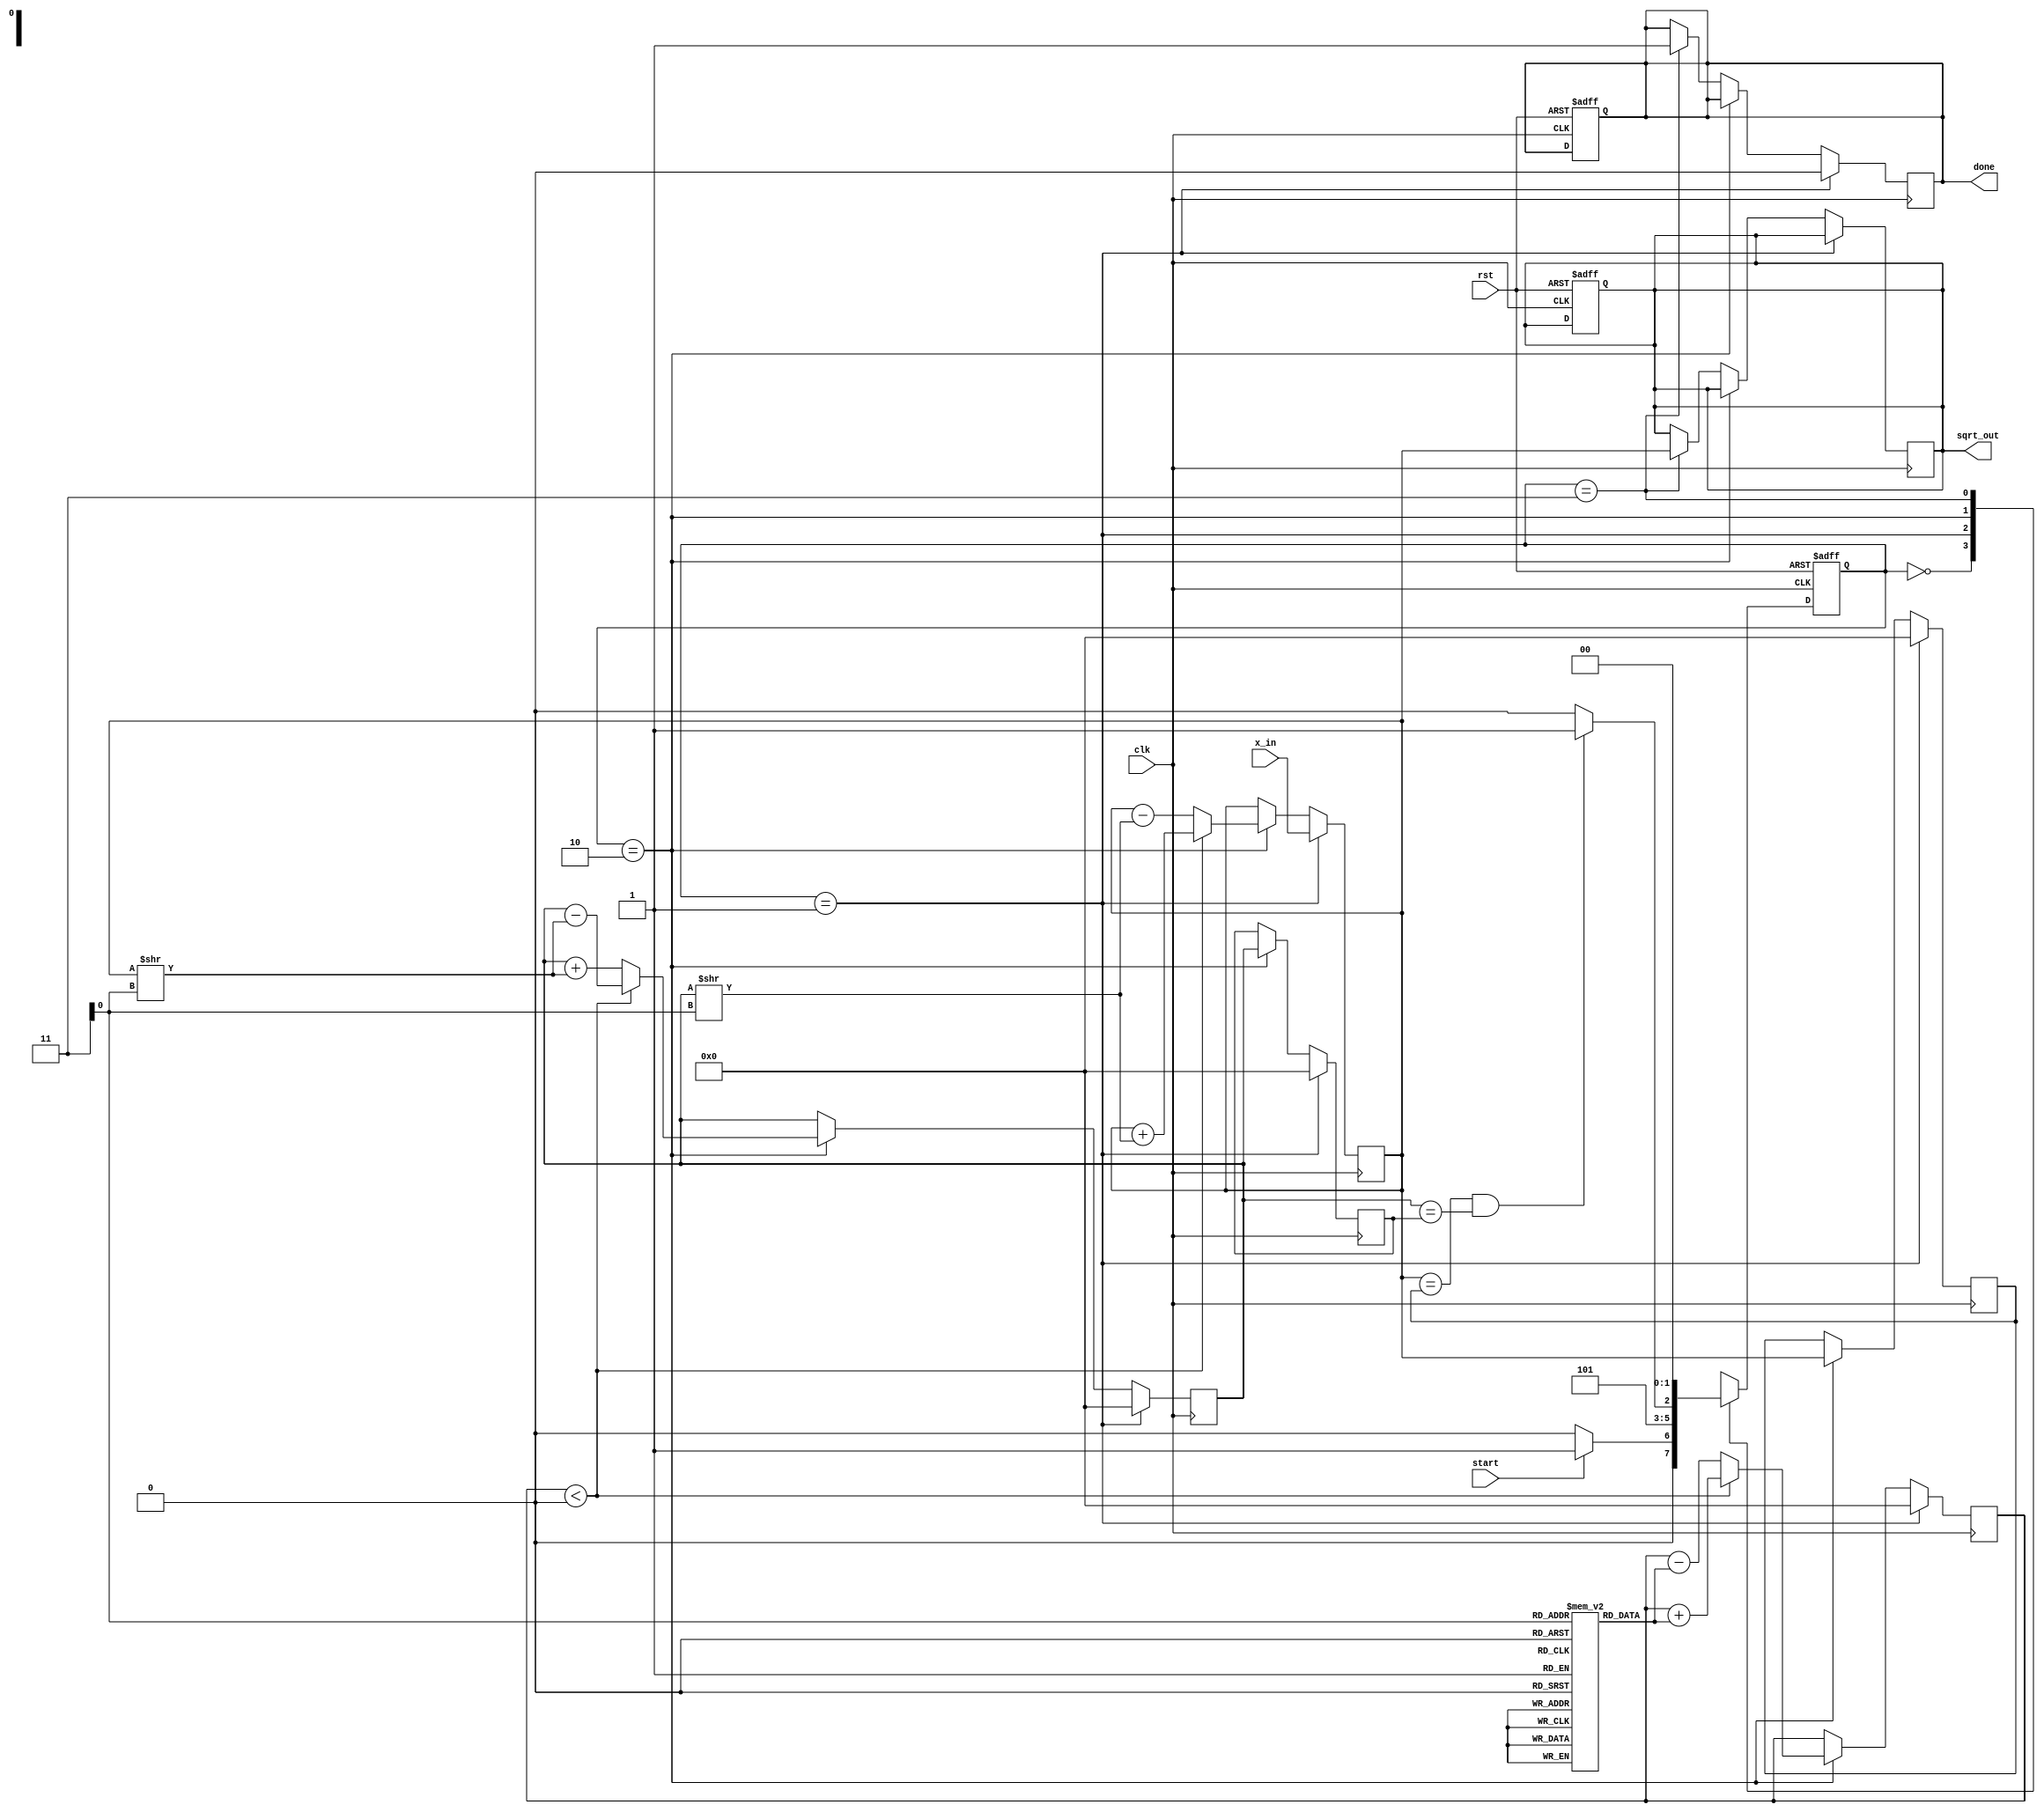
module cordic_sqrt #(
    parameter WIDTH = 16,          // Width of input and output
    parameter ITERATIONS = 10      // Number of iterations for CORDIC
)(
    input wire clk,
    input wire rst,
    input wire [WIDTH-1:0] x_in,  // Input value (positive integer)
    input wire start,              // Start signal for calculation
    output reg [WIDTH-1:0] sqrt_out, // Output square root
    output reg done                // Done signal
);

    // State definitions
    localparam IDLE       = 2'b00;
    localparam INIT       = 2'b01;
    localparam ITERATE    = 2'b10;
    localparam COMPLETE    = 2'b11;

    reg [1:0] state, next_state;
    reg [WIDTH-1:0] x, y, z;       // CORDIC variables
    reg [WIDTH-1:0] x_prev, y_prev; // Previous values for convergence checking
    reg [WIDTH-1:0] angle[0:ITERATIONS-1];  // Angle lookup table
    reg [WIDTH-1:0] scale[0:ITERATIONS-1];  // Scaling factors

    // Initialize angle and scale factors
    initial begin
        angle[0] = 16'h1C71;  // atan(2^-0)
        angle[1] = 16'h1B71;  // atan(2^-1)
        angle[2] = 16'h1A8B;  // atan(2^-2)
        angle[3] = 16'h19B6;  // atan(2^-3)
        angle[4] = 16'h18E4;  // atan(2^-4)
        angle[5] = 16'h1828;  // atan(2^-5)
        angle[6] = 16'h177A;  // atan(2^-6)
        angle[7] = 16'h16D0;  // atan(2^-7)
        angle[8] = 16'h1643;  // atan(2^-8)
        angle[9] = 16'h15B4;  // atan(2^-9)

        scale[0] = 16'h1;      // Scaling factor for CORDIC
        scale[1] = 16'h1C71;   // Scaling factors for CORDIC
        scale[2] = 16'h1B71;
        scale[3] = 16'h1A8B;
        scale[4] = 16'h19B6;
        scale[5] = 16'h18E4;
        scale[6] = 16'h1828;
        scale[7] = 16'h177A;
        scale[8] = 16'h16D0;
        scale[9] = 16'h1643;
    end

    // State machine
    always @(posedge clk or posedge rst) begin
        if (rst) begin
            state <= IDLE;
            sqrt_out <= 0;
            done <= 0;
        end else begin
            state <= next_state;
        end
    end

    // Next state logic
    always @(*) begin
        case (state)
            IDLE: begin
                if (start) begin
                    next_state = INIT;
                end else begin
                    next_state = IDLE;
                end
            end
            INIT: begin
                next_state = ITERATE;
            end
            ITERATE: begin
                if (x == x_prev && y == y_prev) begin // Check for convergence
                    next_state = COMPLETE;
                end else begin
                    next_state = ITERATE;
                end
            end
            COMPLETE: begin
                next_state = IDLE;
            end
            default: next_state = IDLE;
        endcase
    end

    // CORDIC iterations
    always @(posedge clk) begin
        if (state == INIT) begin
            x <= x_in;
            y <= 0;
            z <= 0; // Initial angle
            x_prev <= 0;
            y_prev <= 0;
            done <= 0;
        end else if (state == ITERATE) begin
            x_prev <= x;
            y_prev <= y;

            // CORDIC computations
            if (z < 0) begin
                x <= x + (y >> i); // Rotation
                y <= y - (x >> i);
                z <= z + angle[i];
            end else begin
                x <= x - (y >> i);
                y <= y + (x >> i);
                z <= z - angle[i];
            end
        end else if (state == COMPLETE) begin
            sqrt_out <= x; // The result is in x
            done <= 1;
        end
    end

endmodule